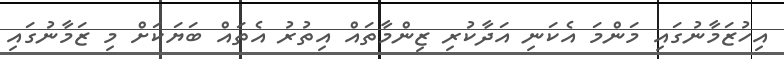
އިހުޒަމާނުގައި މަންމަ އެކަނި އަދާކުރި ޒިންމާތައް އިތުރު އެތައް ބަޔަކަށް މި ޒަމާނުގައި